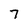
Character: 7